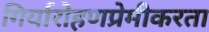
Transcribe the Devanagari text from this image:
गिर्यारोहणप्रेमीकरता